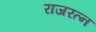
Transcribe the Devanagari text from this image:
राजरत्न